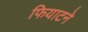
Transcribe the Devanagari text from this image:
फियाटने